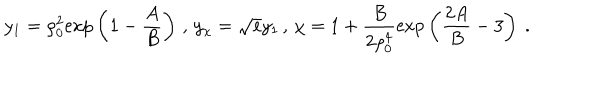
y _ { 1 } = \rho _ { 0 } ^ { 2 } \mathrm { e x p } \left( 1 - { \frac { A } { B } } \right) \, , \, y _ { \chi } = \sqrt { e } y _ { 1 } \, , \, \chi = 1 + { \frac { B } { 2 \rho _ { 0 } ^ { 4 } } } \mathrm { e x p } \left( { \frac { 2 A } { B } } - 3 \right) ~ .